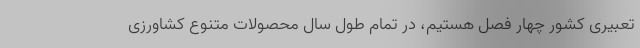
تعبیری کشور چهار فصل هستیم، در تمام طول سال محصولات متنوع کشاورزی